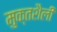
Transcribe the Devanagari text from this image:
मुक्तशैली